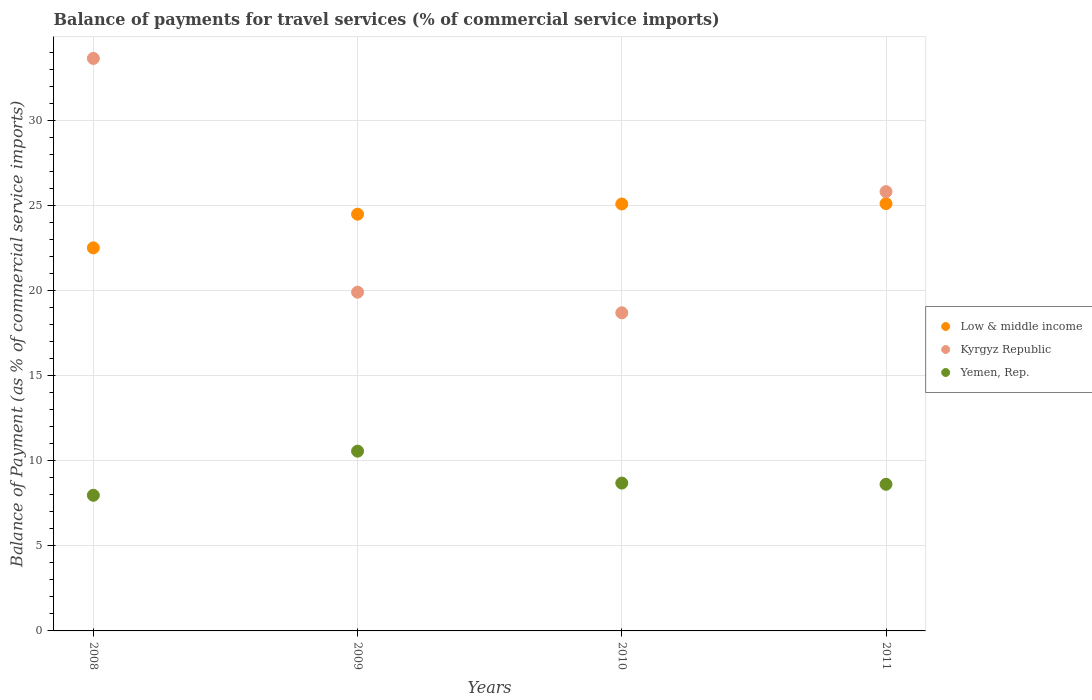
| Years | Low & middle income | Kyrgyz Republic | Yemen, Rep. |
 | --- | --- | --- | --- |
 | 2008 | 22.5 | 33.7 | 7.97 |
 | 2009 | 24.5 | 19.9 | 10.6 |
 | 2010 | 25.1 | 18.7 | 8.69 |
 | 2011 | 25.1 | 25.8 | 8.62 |